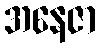
အနေဇာ